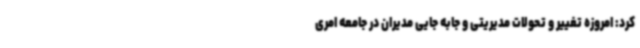
کرد: امروزه تغییر و تحولات مدیریتی و جابه جایی مدیران در جامعه امری